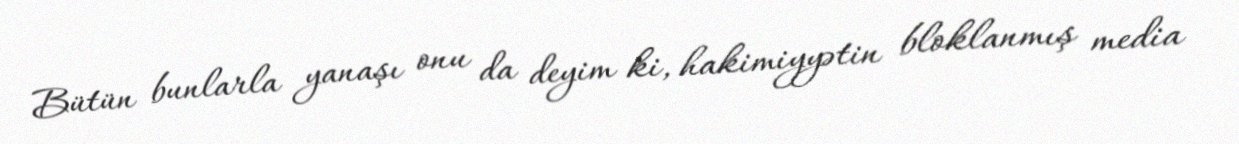
Bütün bunlarla yanaşı onu da deyim ki, hakimiyyətin bloklanmış media